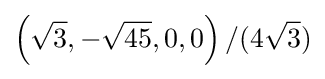
\left({\sqrt {3}},-{\sqrt {45}},0,0\right)/(4{\sqrt {3}})